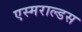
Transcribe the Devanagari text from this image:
एस्मराल्डस